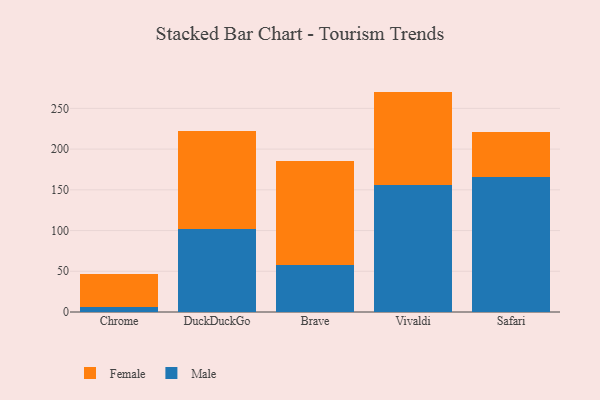
{"axis": {"x": "Browser", "y": "Conversion Rate (%)"}, "legend": ["Female", "Male"], "data": [{"x": "Chrome", "y": 5.7, "type": "Male"}, {"x": "Chrome", "y": 40.8, "type": "Female"}, {"x": "DuckDuckGo", "y": 101.8, "type": "Male"}, {"x": "DuckDuckGo", "y": 119.9, "type": "Female"}, {"x": "Brave", "y": 58.3, "type": "Male"}, {"x": "Brave", "y": 127.7, "type": "Female"}, {"x": "Vivaldi", "y": 156.1, "type": "Male"}, {"x": "Vivaldi", "y": 114.5, "type": "Female"}, {"x": "Safari", "y": 165.3, "type": "Male"}, {"x": "Safari", "y": 55.3, "type": "Female"}]}